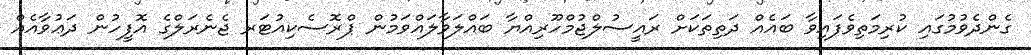
ގެންދެވުމުގައި ކުރިމަތިވެފައިވާ ބައެއް ދަތިތަކަށް ރައީސުލްޖުމްހޫރިއްޔާ ބައްލަވާލައްވަމުން ޕްރޮސެކިއުޓަރ ޖެނެރަލްގެ އޮފީހުން ދަޢުވާއެއް